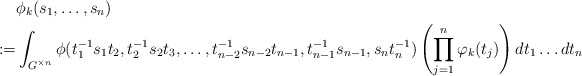
\begin{align*}& \phi_k(s_1, \ldots, s_n) \\ := & \int_{G^{\times n}} \phi(t_1^{-1} s_1 t_2, t_2^{-1} s_2 t_3, \ldots , t_{n-2}^{-1} s_{n-2} t_{n-1} , t_{n-1}^{-1} s_{n-1}, s_n t_{n}^{-1} ) \left( \prod_{j=1}^{n} \varphi_k(t_j) \right) dt_1 \ldots dt_n \end{align*}